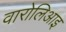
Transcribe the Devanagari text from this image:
वारोलिआइ